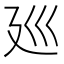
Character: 廵